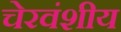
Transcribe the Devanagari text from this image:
चेरवंशीय